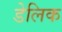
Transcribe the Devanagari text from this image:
डेलिक